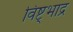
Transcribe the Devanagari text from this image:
विष्ट्भाद्र